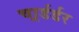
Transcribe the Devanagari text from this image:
चार्र्डर्डर